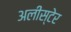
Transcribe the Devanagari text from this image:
अलीस्टेर